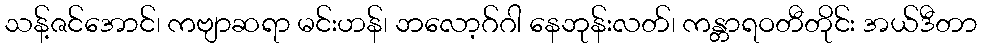
သန့်ဇင်အောင်၊ ကဗျာဆရာ မင်းဟန်၊ ဘလော့ဂ်ဂါ နေဘုန်းလတ်၊ ကန္တာရဝတီတိုင်း အယ်ဒီတာ